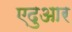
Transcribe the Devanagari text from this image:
एदुआर